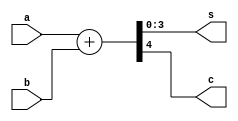
module four_bit_adder (a,b,s,c);
input [3:0] a;
input [3:0] b;
output [3:0] s;
output c;
assign {c,s} = a + b;
endmodule